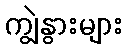
ကျွဲနွားများ